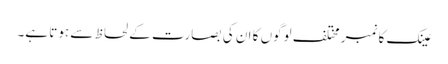
عینک کا نمبر مختلف لوگوں کا ان کی بصارت کے لحاظ سے ہوتا ہے۔